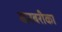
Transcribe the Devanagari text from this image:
बारबरीका